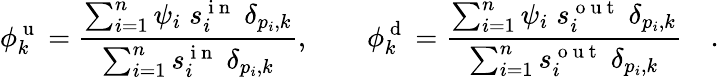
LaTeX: \phi_{k}^{\mathrm{~u~}}=\frac{\sum_{i=1}^{n}\psi_{i}\; s_{i}^{\mathrm{~i~n~}}\; \delta_{p_{i},k}}{\sum_{i=1}^{n}s_{i}^{\mathrm{~i~n~}}\; \delta_{p_{i},k}},\qquad\phi_{k}^{\mathrm{~d~}}=\frac{\sum_{i=1}^{n}\psi_{i}\; s_{i}^{\mathrm{~o~u~t~}}\; \delta_{p_{i},k}}{\sum_{i=1}^{n}s_{i}^{\mathrm{~o~u~t~}}\; \delta_{p_{i},k}}\quad.